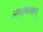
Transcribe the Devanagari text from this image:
अवाष्पवान्‌